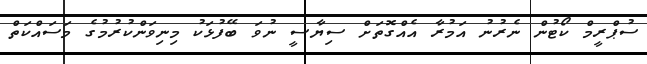
ސުޕްރީމް ކޯޓުން ނެރުނު އަމުރާ އެއްގޮތަށް ސިޔާސީ ނުވަ ބޭފުޅަކު މިނިވަންކުރުމުގެ މަސައްކަތް